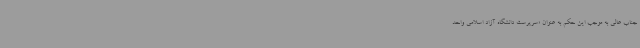
جناب عالی به موجب این حکم به عنوان «سرپرست دانشگاه آزاد اسلامی واحد